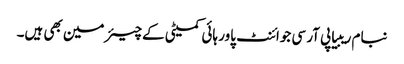
نبام ریبیا پی آر سی جوائنٹ پاور ہائی کمیٹی کےچیئرمین بھی ہیں۔